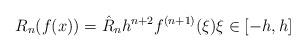
LaTeX: \begin{align*} R_{n}(f(x)) = \hat{R}_n h^{n+2} f^{(n+1)}(\xi) \xi \in [-h,h]\end{align*}